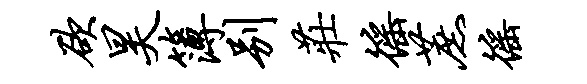
欲昊簿别庄徭蔗徭